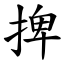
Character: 捭